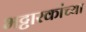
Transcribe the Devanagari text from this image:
भट्टारकांच्या